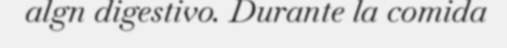
algn digestivo. Durante la comida